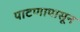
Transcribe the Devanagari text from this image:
पाटणापासून